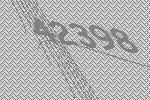
42398